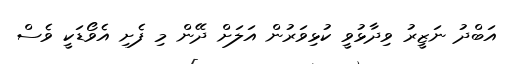
އަބްދު ނަޒީރު ވިދާޅުވީ ކުޅިވަރުން އަލަށް ދޭން މި ފެށި އެވޯޑަކީ ވެސް